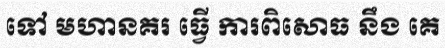
ទៅ មហានគរ ធ្វើ ការពិសោធ នឹង គេ